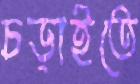
চড়াইতে